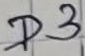
Text: D3